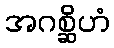
အဂစ္ဆိဟံ